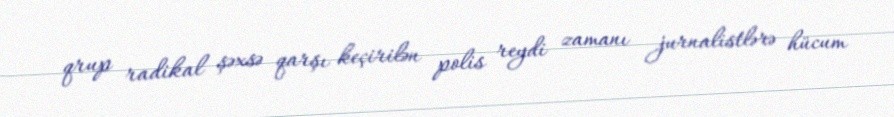
qrup radikal şəxsə qarşı keçirilən polis reydi zamanı jurnalistlərə hücum